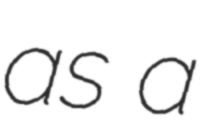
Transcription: as a